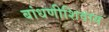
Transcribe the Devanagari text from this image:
बांधणीशिवाय